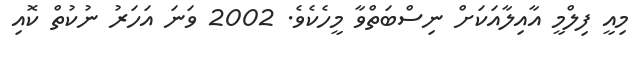
މިއީ ފިލްމީ އާއިލާއަކަށް ނިސްބަތްވާ މީހެކެވެ. 2002 ވަނަ އަހަރު ނުކުތް ކޮއި